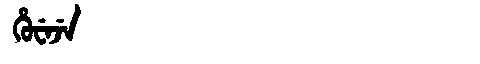
Manchu: ᡥᡠᠸᡝᠵᡝ
Romanization: HUWEJE